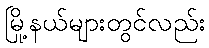
မြို့နယ်များတွင်လည်း